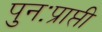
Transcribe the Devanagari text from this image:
पुनःप्राप्ती